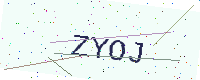
Text: ZYOJ